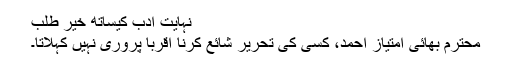
نہایت ادب کیساتھ خیر طلب
محترم بھائی امتیاز احمد، کسی کی تحریر شائع کرنا اقربا پروری نہیں کہلاتا۔